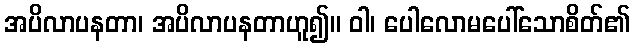
အပိလာပနတာ၊ အပိလာပနတာဟူ၍။ ဝါ၊ ပေါလောမပေါ်သောစိတ်၏